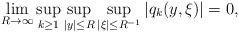
LaTeX: \begin{align*}\lim_{R \to \infty} \sup_{k \geq 1} \sup_{|y| \leq R} \sup_{|\xi| \leq R^{-1}} |q_k(y,\xi)| = 0, \end{align*}